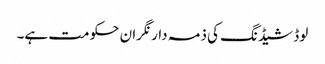
لوڈ شیڈنگ کی ذمہ دار نگران حکومت ہے۔